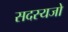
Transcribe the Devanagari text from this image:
सदस्यजो